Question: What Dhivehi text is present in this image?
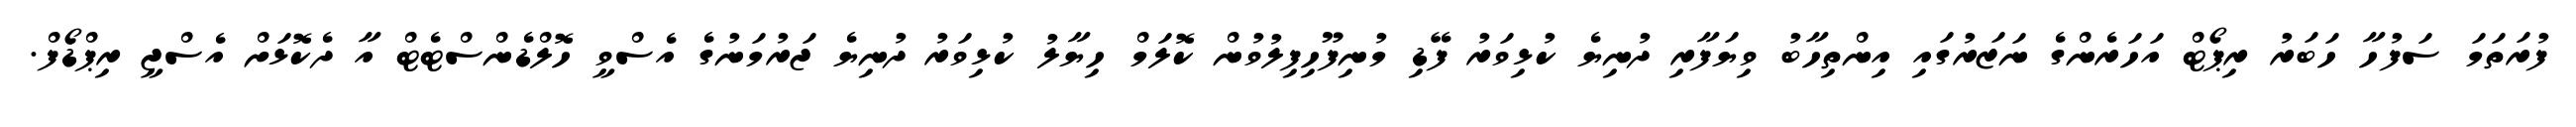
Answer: ފުރަތަމަ ސަފުހާ ހަބަރު ރިޕޯޓް އަހަރެންގެ ނަޒަރުގައި އިންތިހާބު ވިޔަފާރި ދުނިޔެ ކުޅިވަރު ފޭޑި މުނިފޫހިފިލުވުން ކޮލަމް ހިޔާލު ކުޅިވަރު ދުނިޔެ ޖަރުމަނުގެ އެސްވީ ހޮލްޑެންސްޓެޓް އާ ދެކޮޅަށް އެސްޖީ ރިޕްޑޯފް.